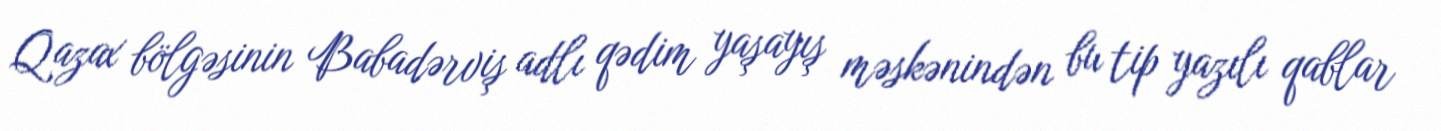
Qazax bölgəsinin Babadərviş adlı qədim yaşayış məskənindən bu tip yazılı qablar